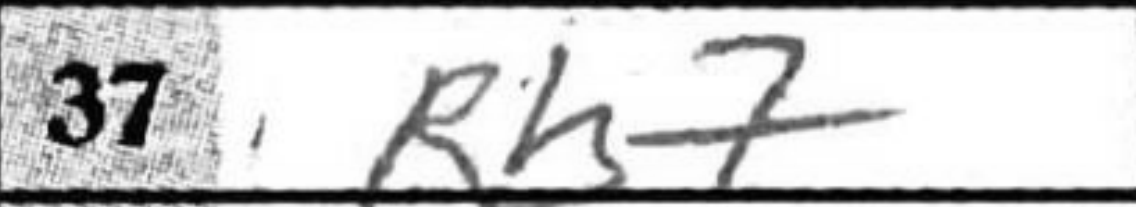
Transcription: Rh7